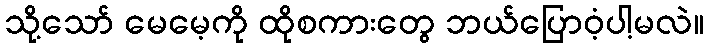
သို့သော် မေမေ့ကို ထိုစကားတွေ ဘယ်ပြောဝံ့ပါ့မလဲ။